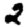
Digit: 2